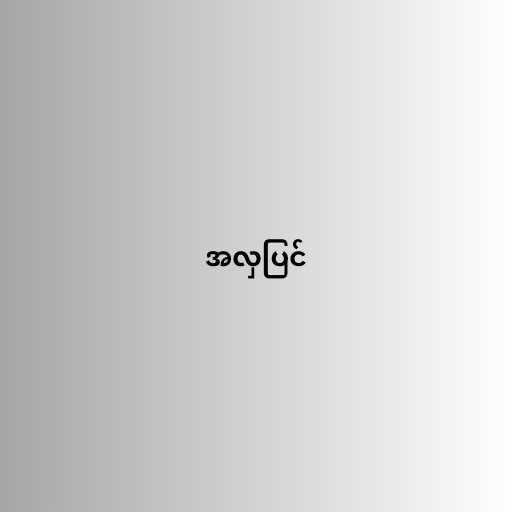
အလှပြင်